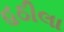
હઠીલા